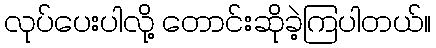
လုပ်ပေးပါလို့ တောင်းဆိုခဲ့ကြပါတယ်။